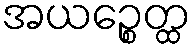
အယဉ္စေတ္ထ